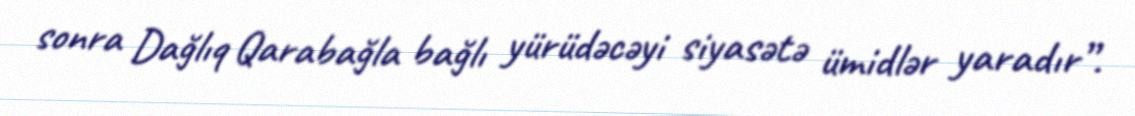
sonra Dağlıq Qarabağla bağlı yürüdəcəyi siyasətə ümidlər yaradır”.